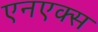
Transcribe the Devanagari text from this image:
एनएक्स